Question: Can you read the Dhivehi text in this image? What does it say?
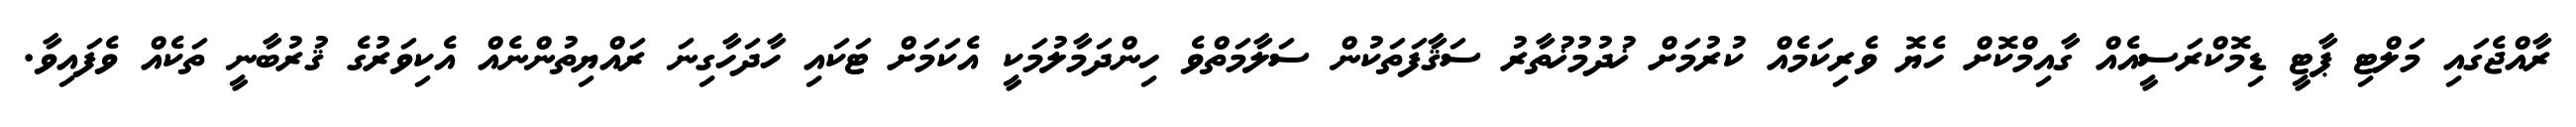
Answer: ރާއްޖެގައި މަލްޓި ޕާޓީ ޑިމޮކްރަސީއެއް ގާއިމްކޮށް ހެޔޮ ވެރިކަމެއް ކުރުމަށް ޚުދުމުޚުތާރު ސަޤާފަތަކުން ސަލާމަތްވެ ހިންދަމާލުމަކީ އެކަމަށް ޓަކައި ހާދަހާގިނަ ރައްޔިތުންނެއް އެކިވަރުގެ ޤުރުބާނީ ތަކެއް ވެފައިވާ.